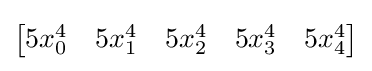
{\begin{bmatrix}5x_{0}^{4}&5x_{1}^{4}&5x_{2}^{4}&5x_{3}^{4}&5x_{4}^{4}\end{bmatrix}}